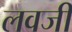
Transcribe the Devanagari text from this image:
लवजी